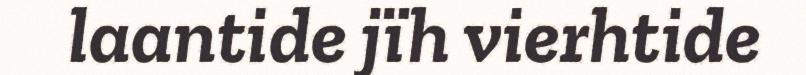
laantide jïh vierhtide